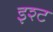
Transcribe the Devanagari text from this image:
इश्ट